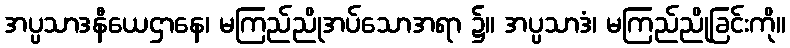
အပ္ပသာဒနီယေဌာနေ၊ မကြည်ညိုအပ်သောအရာ ၌။ အပ္ပသာဒံ၊ မကြည်ညိုခြင်းကို။